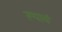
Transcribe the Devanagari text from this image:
रूपाचं